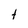
Character: t